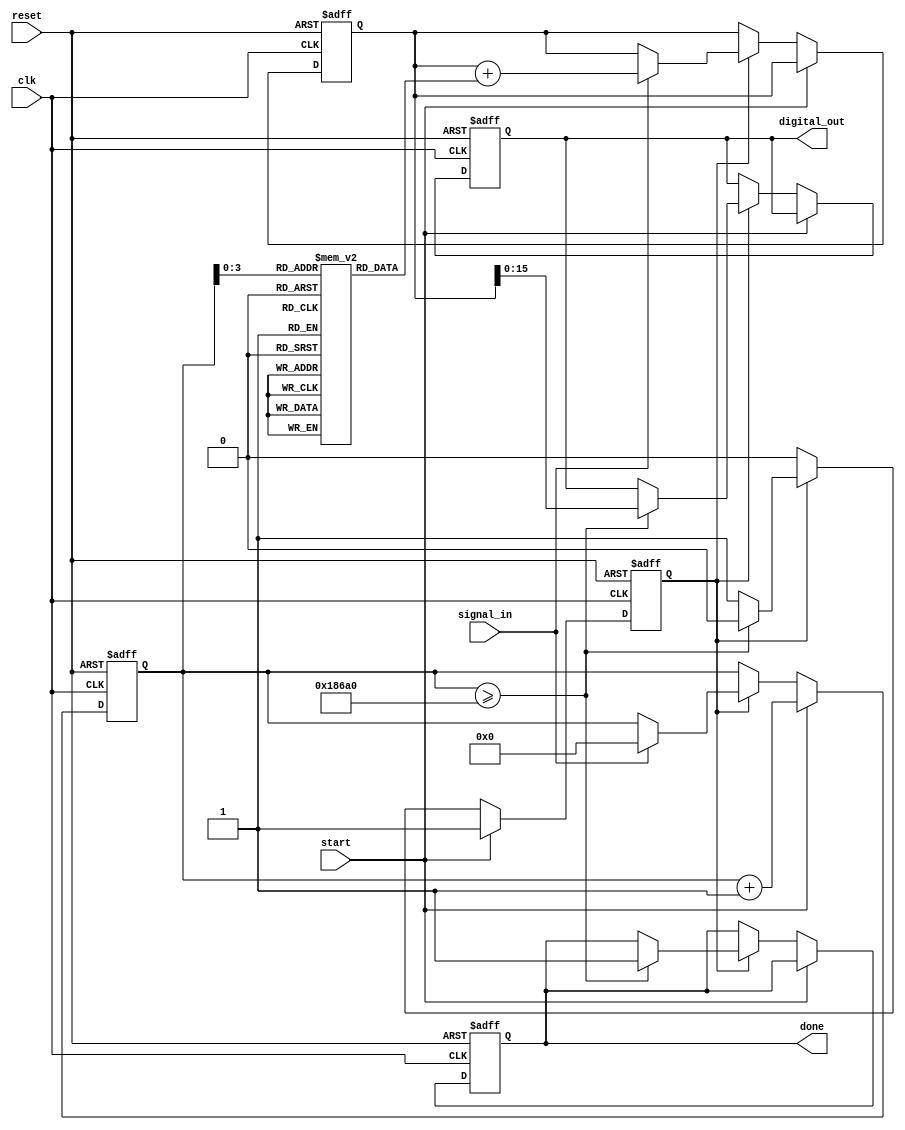
module LogarithmicTDC (
    input wire clk,                // System clock
    input wire reset,              // Reset signal
    input wire start,              // Start signal for the TDC
    input wire signal_in,          // Input signal (e.g., pulse width)
    output reg [15:0] digital_out, // Digital output (logarithmic representation)
    output reg done                // TDC done signal
);

    reg [31:0] counter;            // Counter to measure time intervals
    reg [31:0] log_value;          // Logarithmic value accumulator
    reg sampling;                  // Sampling state

    // Logarithmic lookup table (for simplicity, only a few values)
    reg [15:0] log_lookup [0:15]; 
    initial begin
        log_lookup[0] = 16'd0;    // log(1) = 0
        log_lookup[1] = 16'd0;    // log(1) = 0
        log_lookup[2] = 16'd1;    // log(2)
        log_lookup[3] = 16'd2;    // log(3)
        log_lookup[4] = 16'd3;    // log(4)
        log_lookup[5] = 16'd4;    // log(5)
        log_lookup[6] = 16'd5;    // log(6)
        log_lookup[7] = 16'd6;    // log(7)
        log_lookup[8] = 16'd7;    // log(8)
        log_lookup[9] = 16'd8;    // log(9)
        log_lookup[10] = 16'd9;   // log(10)
        log_lookup[11] = 16'd10;  // log(11)
        log_lookup[12] = 16'd11;  // log(12)
        log_lookup[13] = 16'd12;  // log(13)
        log_lookup[14] = 16'd13;  // log(14)
        log_lookup[15] = 16'd14;  // log(15)
    end

    // State machine to manage sampling and processing
    always @(posedge clk or posedge reset) begin
        if (reset) begin
            counter <= 32'd0;
            log_value <= 32'd0;
            digital_out <= 16'd0;
            done <= 1'b0;
            sampling <= 1'b0;
        end else if (start) begin
            sampling <= 1'b1; // Start sampling
            counter <= counter + 1;
        end else if (sampling) begin
            if (signal_in) begin
                // Assuming signal_in indicates a rising edge event
                log_value <= log_value + log_lookup[counter[3:0]]; // Use lower bits for lookup
                counter <= 32'd0; // Reset counter after capturing time
            end
            // Check for done condition (for example, after a certain count)
            if (counter >= 32'd100000) begin // Example threshold
                digital_out <= log_value[15:0]; // Output lower 16 bits
                done <= 1'b1;
                sampling <= 1'b0; // Stop sampling
            end
        end
    end

endmodule